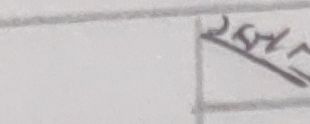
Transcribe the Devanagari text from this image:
२५४२०